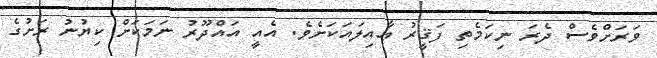
ވަރަށްވެސް ދެރަ ނިކަމެތި ފަޤީރު ޢާއިލައަކަށެވެ. އެއީ އައްދޫރު ނަމަކަށް ކިޔުނު ރަށުގެ